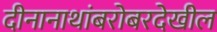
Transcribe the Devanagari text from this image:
दीनानाथांबरोबरदेखील